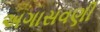
અગાસવણી